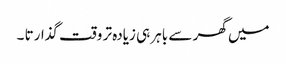
میں گھر سے باہر ہی زیادہ تر وقت گذارتا ۔